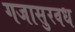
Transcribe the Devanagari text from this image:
गजासुरवध